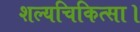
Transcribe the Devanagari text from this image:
शल्यचिकित्सा।